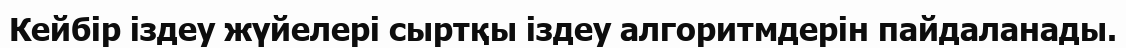
Кейбір іздеу жүйелері сыртқы іздеу алгоритмдерін пайдаланады.